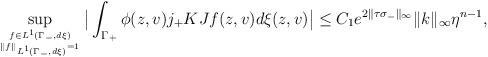
LaTeX: \begin{align*}\sup_{f\in L^1(\Gamma_-,d\xi)\atop \|f\|_{L^1(\Gamma_-,d\xi)}=1}\big|\int_{\Gamma_+}\phi(z,v)j_+KJf(z,v) d\xi(z,v)\big|\le C_1e^{2\|\tau\sigma_-\|_\infty}\|k\|_{\infty}\eta^{n-1},\end{align*}